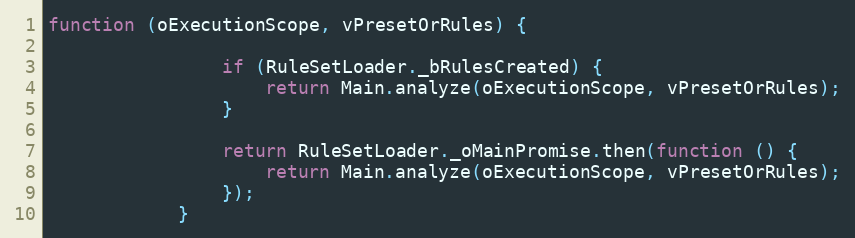
Language: JavaScript
function (oExecutionScope, vPresetOrRules) {

				if (RuleSetLoader._bRulesCreated) {
					return Main.analyze(oExecutionScope, vPresetOrRules);
				}

				return RuleSetLoader._oMainPromise.then(function () {
					return Main.analyze(oExecutionScope, vPresetOrRules);
				});
			}